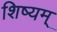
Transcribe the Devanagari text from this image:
शिष्यम्